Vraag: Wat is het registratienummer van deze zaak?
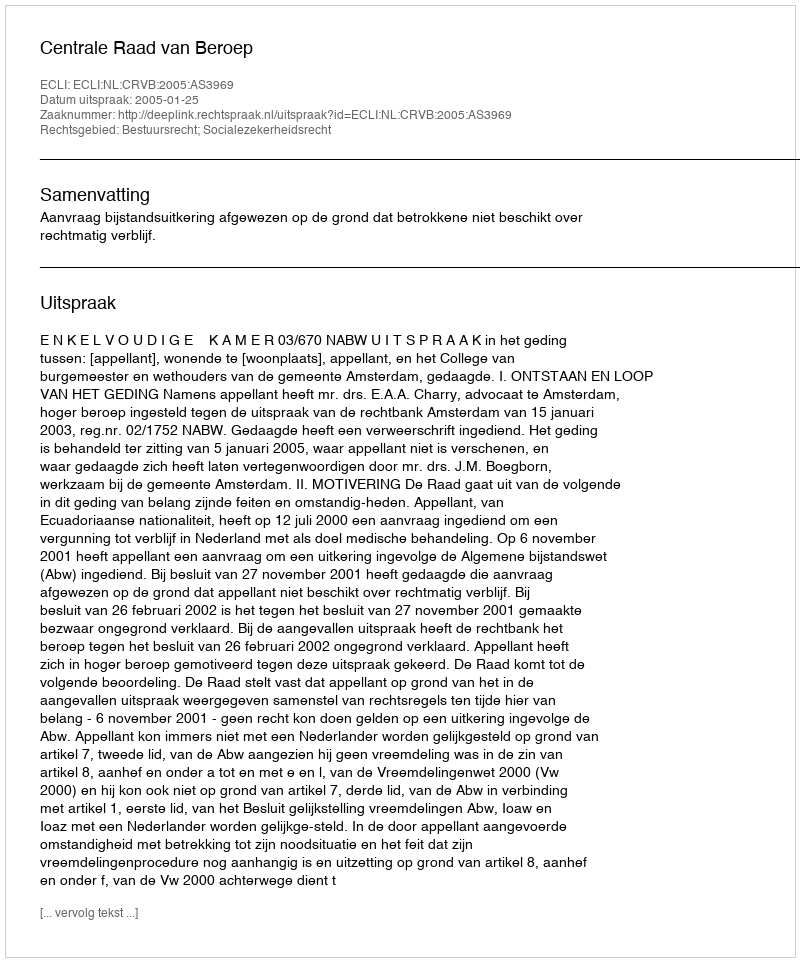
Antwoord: http://deeplink.rechtspraak.nl/uitspraak?id=ECLI:NL:CRVB:2005:AS3969